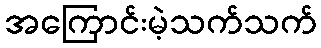
အကြောင်းမဲ့သက်သက်